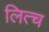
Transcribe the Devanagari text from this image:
लित्च